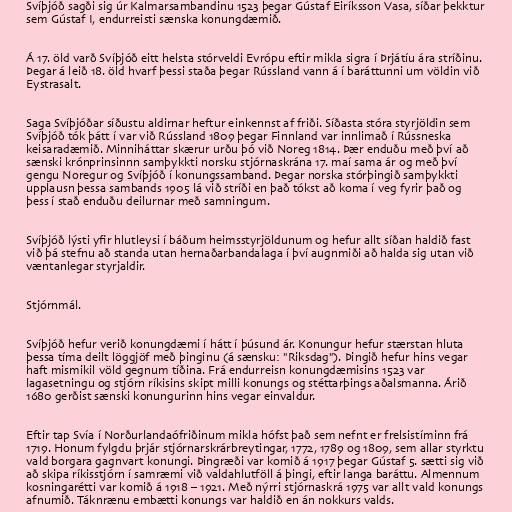
Svíþjóð sagði sig úr Kalmarsambandinu 1523 þegar Gústaf Eiríksson Vasa, síðar þekktur
sem Gústaf I, endurreisti sænska konungdæmið.

Á 17. öld varð Svíþjóð eitt helsta stórveldi Evrópu eftir mikla sigra í Þrjátíu ára stríðinu.
Þegar á leið 18. öld hvarf þessi staða þegar Rússland vann á í baráttunni um völdin við
Eystrasalt.

Saga Svíþjóðar síðustu aldirnar heftur einkennst af friði. Síðasta stóra styrjöldin sem
Svíþjóð tók þátt í var við Rússland 1809 þegar Finnland var innlimað í Rússneska
keisaradæmið. Minniháttar skærur urðu þó við Noreg 1814. Þær enduðu með því að
sænski krónprinsinnn samþykkti norsku stjórnaskrána 17. maí sama ár og með því
gengu Noregur og Svíþjóð í konungssamband. Þegar norska stórþingið samþykkti
upplausn þessa sambands 1905 lá við stríði en það tókst að koma í veg fyrir það og
þess í stað enduðu deilurnar með samningum.

Svíþjóð lýsti yfir hlutleysi í báðum heimsstyrjöldunum og hefur allt síðan haldið fast
við þá stefnu að standa utan hernaðarbandalaga í því augnmiði að halda sig utan við
væntanlegar styrjaldir.

Stjórnmál.

Svíþjóð hefur verið konungdæmi í hátt í þúsund ár. Konungur hefur stærstan hluta
þessa tíma deilt löggjöf með þinginu (á sænsku: "Riksdag"). Þingið hefur hins vegar
haft mismikil völd gegnum tíðina. Frá endurreisn konungdæmisins 1523 var
lagasetningu og stjórn ríkisins skipt milli konungs og stéttarþings aðalsmanna. Árið
1680 gerðist sænski konungurinn hins vegar einvaldur.

Eftir tap Svía í Norðurlandaófriðinum mikla hófst það sem nefnt er frelsistíminn frá
1719. Honum fylgdu þrjár stjórnarskrárbreytingar, 1772, 1789 og 1809, sem allar styrktu
vald borgara gagnvart konungi. Þingræði var komið á 1917 þegar Gústaf 5. sætti sig við
að skipa ríkisstjórn í samræmi við valdahlutföll á þingi, eftir langa baráttu. Almennum
kosningarétti var komið á 1918 – 1921. Með nýrri stjórnaskrá 1975 var allt vald konungs
afnumið. Táknrænu embætti konungs var haldið en án nokkurs valds.